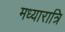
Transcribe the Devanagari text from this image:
मध्यारात्रि